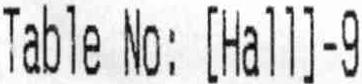
TABLE NO: [HALL]-9